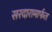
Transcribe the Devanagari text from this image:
सरदारामार्फत